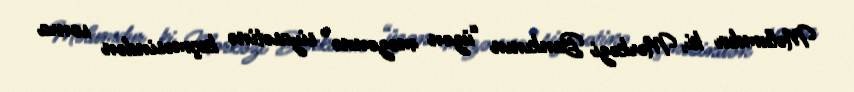
Məlumdur ki, Mərkəzi Bankının “üzən məzənnə” siyasətinə keçməsindən sonra